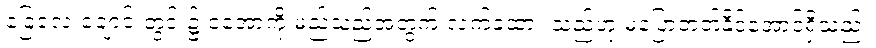
ခြေလေးချောင်းတွင်း၌ ငအောကို မည်သည့်အတွက် လက်ခံထား သည့်ဟု မပြောတတ်နိုင်အောင်ရှိသည်။